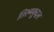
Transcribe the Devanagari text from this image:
तिरुमकुदल